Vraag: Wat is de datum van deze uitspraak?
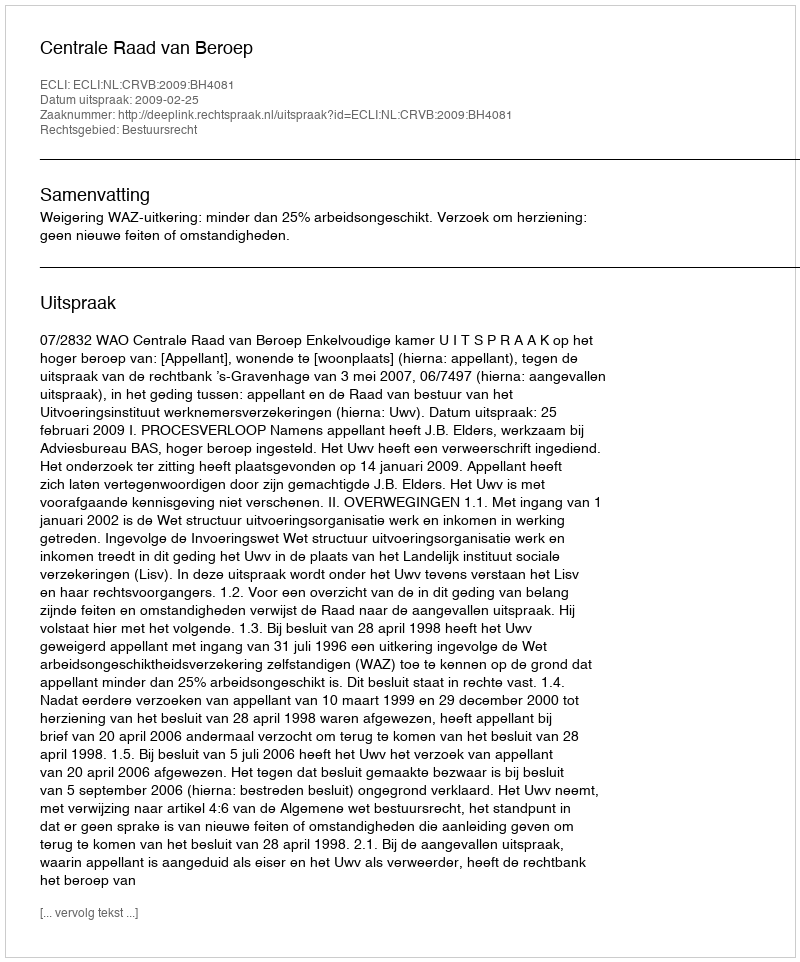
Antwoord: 2009-02-25